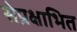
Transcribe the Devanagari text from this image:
सेप्रक्षाभित